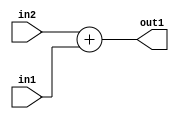
`timescale 1ps / 1ps
/*****************************************************************************
    Verilog RTL Description
    
    
    Created by: Stratus DpOpt 2019.1.01 
*******************************************************************************/

module pw_weight_addr_gen_Add_16Ux8U_16U_4 (
	in2,
	in1,
	out1
	); /* architecture "behavioural" */ 
input [15:0] in2;
input [7:0] in1;
output [15:0] out1;
wire [15:0] asc001;

assign asc001 = 
	+(in2)
	+(in1);

assign out1 = asc001;
endmodule

/* CADENCE  ubL1QgA= : u9/ySgnWtBlWxVPRXgAZ4Og= ** DO NOT EDIT THIS LINE ******/